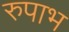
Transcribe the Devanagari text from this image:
रुपाभ